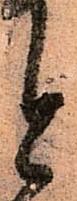
と